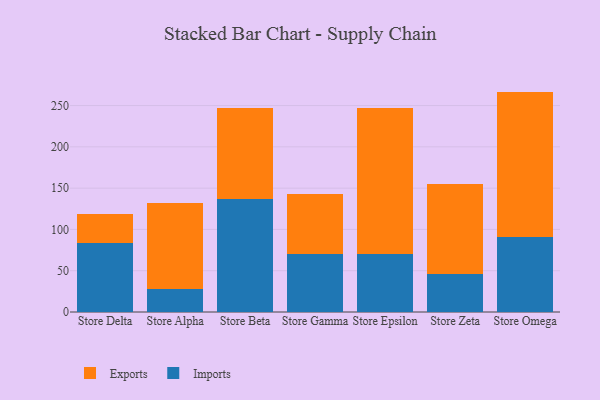
{"axis": {"x": "Store", "y": "Gross Profit (USD K)"}, "legend": ["Exports", "Imports"], "data": [{"x": "Store Delta", "y": 83.5, "type": "Imports"}, {"x": "Store Delta", "y": 35.4, "type": "Exports"}, {"x": "Store Alpha", "y": 28.4, "type": "Imports"}, {"x": "Store Alpha", "y": 103.1, "type": "Exports"}, {"x": "Store Beta", "y": 137.1, "type": "Imports"}, {"x": "Store Beta", "y": 109.4, "type": "Exports"}, {"x": "Store Gamma", "y": 70.2, "type": "Imports"}, {"x": "Store Gamma", "y": 72.1, "type": "Exports"}, {"x": "Store Epsilon", "y": 70.1, "type": "Imports"}, {"x": "Store Epsilon", "y": 176.7, "type": "Exports"}, {"x": "Store Zeta", "y": 45.7, "type": "Imports"}, {"x": "Store Zeta", "y": 108.8, "type": "Exports"}, {"x": "Store Omega", "y": 91.1, "type": "Imports"}, {"x": "Store Omega", "y": 175.8, "type": "Exports"}]}